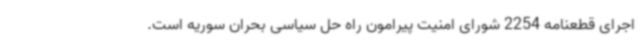
اجرای قطعنامه 2254 شورای امنیت پیرامون راه حل سیاسی بحران سوریه است.